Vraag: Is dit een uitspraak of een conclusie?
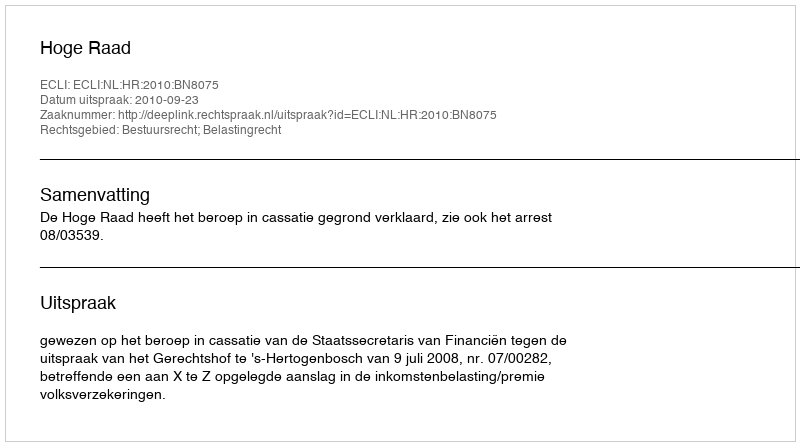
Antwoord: Uitspraak